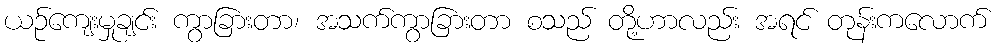
ယဉ်ကျေးမှုချင်း ကွာခြားတာ၊ အသက်ကွာခြားတာ စသည် တို့ဟာလည်း အရင် တုန်းကလောက်